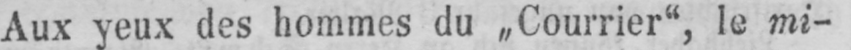
Aux yeux des hommes du „Courrier“, le mi-